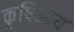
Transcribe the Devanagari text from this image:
कृषिआय